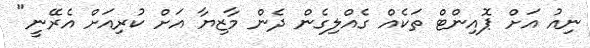
ނިއު އަށް ޕޮއިންޓް ތަކެއް ގެއްލިގެން ދެން މާޒިޔާ އަށް ކުރިއަށް އެރޭނީ"